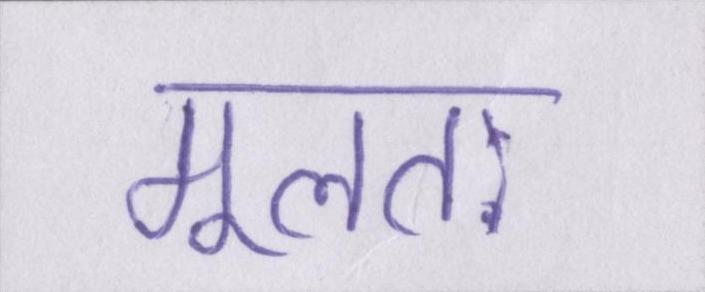
मूलतः